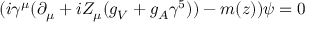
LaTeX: ( i \gamma ^ { \mu } ( \partial _ { \mu } + i Z _ { \mu } ( g _ { V } + g _ { A } \gamma ^ { 5 } ) ) - m ( z ) ) \psi = 0